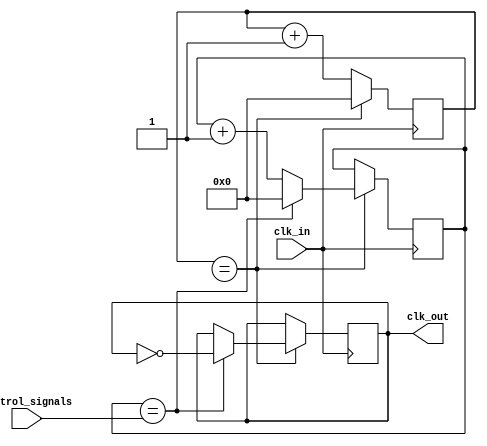
module fractional_clock_divider (
    input wire clk_in,
    input wire [7:0] control_signals,
    output reg clk_out
);

reg [15:0] counter;
reg [7:0] divider_value;
reg [15:0] fractional_counter;

always @ (posedge clk_in)
begin
    counter <= counter + 1;
    
    if (counter == divider_value)
    begin
        fractional_counter <= fractional_counter + 1;
        counter <= 0;
        
        if (fractional_counter == control_signals)
        begin
            clk_out <= ~clk_out;
            fractional_counter <= 0;
        end
    end
end

endmodule